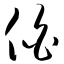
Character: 伯